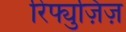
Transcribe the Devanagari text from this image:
रिफ्युज़िज़